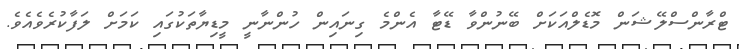
ޓްރާންސްލޭޝަން މޮޑެލްއަކަށް ބޭނުންވާ ޑޭޓާ އެންމެ ގިނައިން ހުންނާނީ މީޑިޔާތަކުގައި ކަމަށް ލަފާކުރެވެއެވެ.